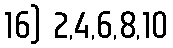
16) 2,4,6,8,10